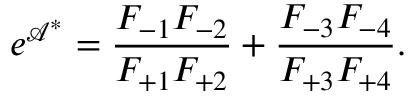
e ^ { \mathcal { A } ^ { \ast } } = \frac { F _ { - 1 } F _ { - 2 } } { F _ { + 1 } F _ { + 2 } } + \frac { F _ { - 3 } F _ { - 4 } } { F _ { + 3 } F _ { + 4 } } .